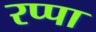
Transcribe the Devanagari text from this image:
रप्पा